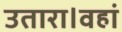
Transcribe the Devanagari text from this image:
उतारा।वहां